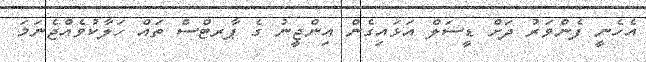
އެހެނީ ފެންވަރު ދަށް ޑީސަލް އަޅައިގެން އިންޖީނު ގެ ޕާރޓްސް ތައް ހަލާކުވެއްޖެނަމަ